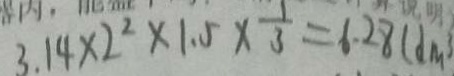
3 . 1 4 \times 2 ^ { 2 } \times 1 . 5 \times \frac { 1 } { 3 } = 6 . 2 8 ( d m ^ { 3 } )